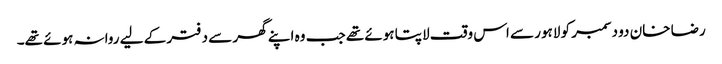
رضا خان دو دسمبر کو لاہور سے اس وقت لاپتا ہوئے تھے جب وہ اپنے گھر سے دفتر کے لیے روانہ ہوئے تھے۔